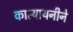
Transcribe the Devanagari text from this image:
कात्यायनीने